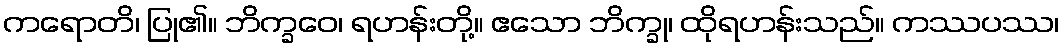
ကရောတိ၊ ပြု၏။ ဘိက္ခဝေ၊ ရဟန်းတို့။ ဧသော ဘိက္ခု၊ ထိုရဟန်းသည်။ ကဿပဿ၊